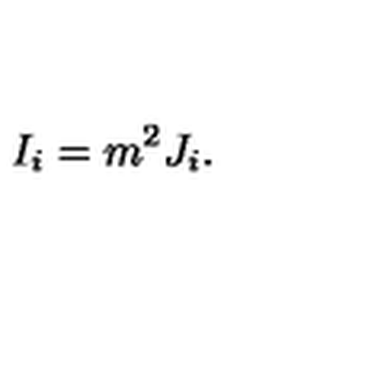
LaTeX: I _ { i } = m ^ { 2 } J _ { i } .